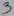
Text: 3